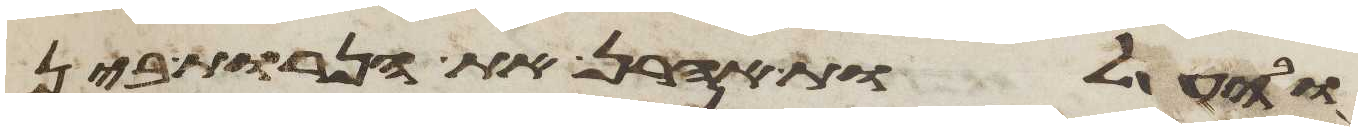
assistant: ובהעלות אהרן את הנרות בין